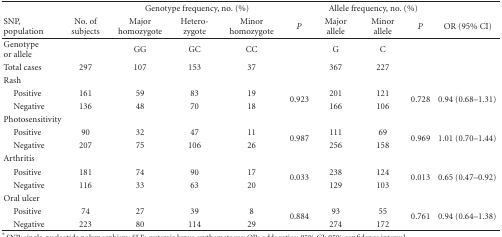
<table><thead><tr><td></td><td></td><td colspan="3"><b>Genotype frequency, no. (%)</b></td><td></td><td colspan="3"><b>Allele frequency, no. (%)</b></td><td></td></tr><tr><td><b>SNP,population</b></td><td><b>No. of subjects</b></td><td><b>Major homozygote</b></td><td><b>Hetero-zygote</b></td><td><b>Minor homozygote</b></td><td><b><i>P</i></b></td><td><b>Major allele</b></td><td><b>Minor allele</b></td><td><b><i>P</i></b></td><td><b>OR (95% CI)</b></td></tr></thead><tbody><tr><td>Genotype or allele</td><td></td><td>GG</td><td>GC</td><td>CC</td><td></td><td>G</td><td>C</td><td></td><td></td></tr><tr><td>Total cases</td><td>297</td><td>107</td><td>153</td><td>37</td><td></td><td>367</td><td>227</td><td></td><td></td></tr><tr><td>Rash</td><td></td><td></td><td></td><td></td><td></td><td></td><td></td><td></td><td></td></tr><tr><td> Positive</td><td>161</td><td>59</td><td>83</td><td>19</td><td rowspan="2">0.923</td><td>201</td><td>121</td><td rowspan="2">0.728</td><td rowspan="2">0.94 (0.68–1.31)</td></tr><tr><td> Negative</td><td>136</td><td>48</td><td>70</td><td>18</td><td>166</td><td>106</td></tr><tr><td>Photosensitivity</td><td></td><td></td><td></td><td></td><td></td><td></td><td></td><td></td><td></td></tr><tr><td> Positive</td><td>90</td><td>32</td><td>47</td><td>11</td><td rowspan="2">0.987</td><td>111</td><td>69</td><td rowspan="2">0.969</td><td rowspan="2">1.01 (0.70–1.44)</td></tr><tr><td> Negative</td><td>207</td><td>75</td><td>106</td><td>26</td><td>256</td><td>158</td></tr><tr><td>Arthritis</td><td></td><td></td><td></td><td></td><td></td><td></td><td></td><td></td><td></td></tr><tr><td> Positive</td><td>181</td><td>74</td><td>90</td><td>17</td><td rowspan="2">0.033</td><td>238</td><td>124</td><td rowspan="2">0.013</td><td rowspan="2">0.65 (0.47–0.92)</td></tr><tr><td> Negative</td><td>116</td><td>33</td><td>63</td><td>20</td><td>129</td><td>103</td></tr><tr><td>Oral ulcer</td><td></td><td></td><td></td><td></td><td></td><td></td><td></td><td></td><td></td></tr><tr><td> Positive</td><td>74</td><td>27</td><td>39</td><td>8</td><td rowspan="2">0.884</td><td>93</td><td>55</td><td rowspan="2">0.761</td><td rowspan="2">0.94 (0.64–1.38)</td></tr><tr><td> Negative</td><td>223</td><td>80</td><td>114</td><td>29</td><td>274</td><td>172</td></tr></tbody></table>